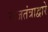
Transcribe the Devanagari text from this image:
राजतंत्राद्वारे